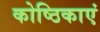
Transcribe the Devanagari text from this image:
कोष्ठिकाएं